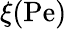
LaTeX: \xi(\mathrm{Pe})